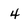
Character: 4